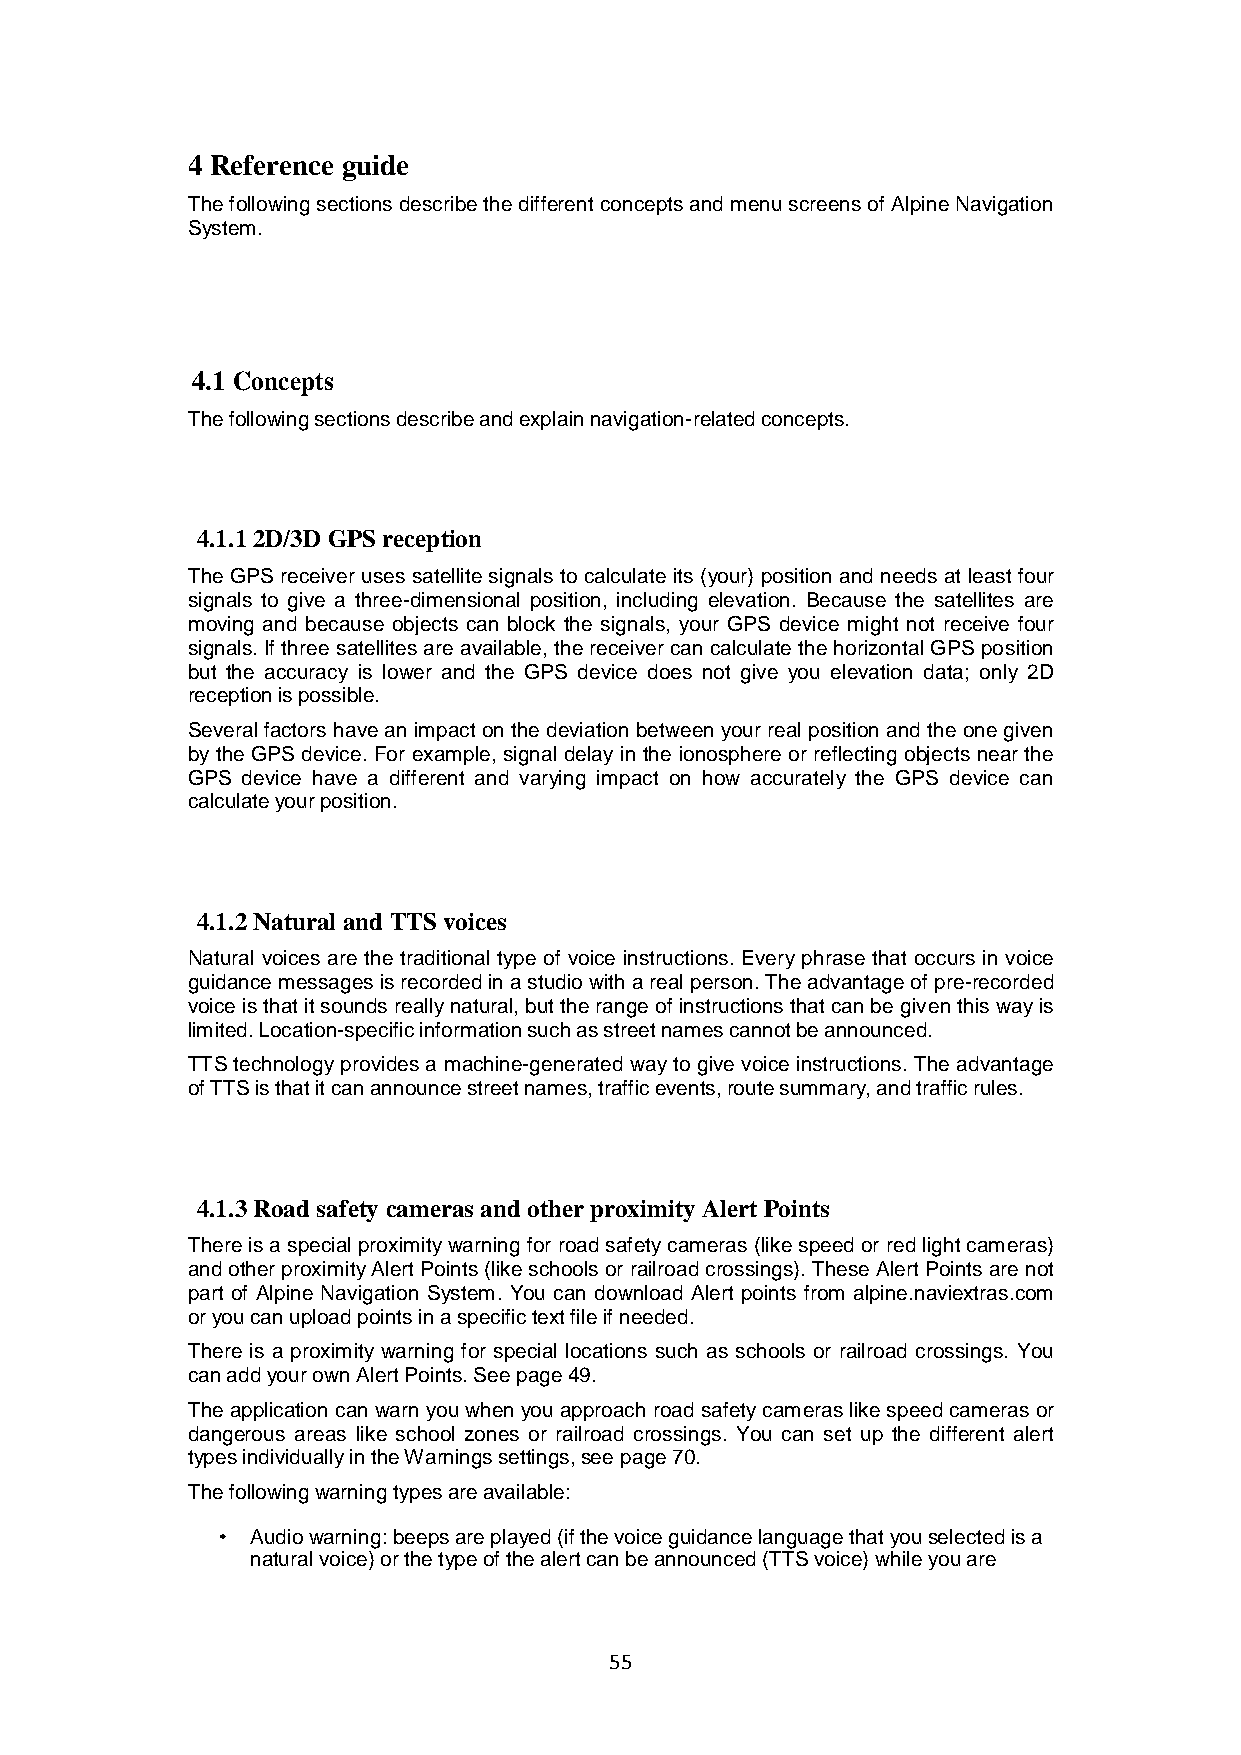
4 Reference guide
 The following sections describe the different concepts and menu screens of Alpine Navigation
 System.
 4.1 Concepts
 The following sections describe and explain navigation-related concepts.
 4.1.1 2D/3D GPS reception
 The GPS receiver uses satellite signals to calculate its (your) position and needs at least four
 signals to give a three-dimensional position, including elevation. Because the satellites are
 moving and because objects can block the signals, your GPS device might not receive four
 signals. If three satellites are available, the receiver can calculate the horizontal GPS position
 but the accuracy is lower and the GPS device does not give you elevation data; only 2D
 reception is possible.
 Several factors have an impact on the deviation between your real position and the one given
 by the GPS device. For example, signal delay in the ionosphere or reflecting objects near the
 GPS device have a different and varying impact on how accurately the GPS device can
 calculate your position.
 4.1.2 Natural and TTS voices
 Natural voices are the traditional type of voice instructions. Every phrase that occurs in voice
 guidance messages is recorded in a studio with a real person. The advantage of pre-recorded
 voice is that it sounds really natural, but the range of instructions that can be given this way is
 limited. Location-specific information such as street names cannot be announced.
 TTS technology provides a machine-generated way to give voice instructions. The advantage
 of TTS is that it can announce street names, traffic events, route summary, and traffic rules.
 4.1.3 Road safety cameras and other proximity Alert Points
 There is a special proximity warning for road safety cameras (like speed or red light cameras)
 and other proximity Alert Points (like schools or railroad crossings). These Alert Points are not
 part of Alpine Navigation System. You can download Alert points from alpine.naviextras.com
 or you can upload points in a specific text file if needed.
 There is a proximity warning for special locations such as schools or railroad crossings. You
 can add your own Alert Points. See page 49.
 The application can warn you when you approach road safety cameras like speed cameras or
 dangerous areas like school zones or railroad crossings. You can set up the different alert
 types individually in the Warnings settings, see page 70.
 The following warning types are available:
 Audio warning: beeps are played (if the voice guidance language that you selected is a
 natural voice) or the type of the alert can be announced (TTS voice) while you are
 55